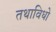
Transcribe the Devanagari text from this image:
तथाविधो